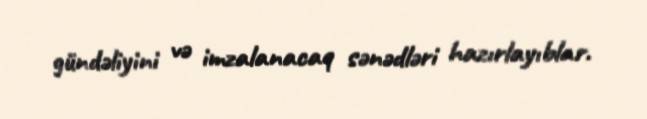
gündəliyini və imzalanacaq sənədləri hazırlayıblar.